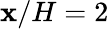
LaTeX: \mathbf{x}/H=2